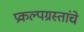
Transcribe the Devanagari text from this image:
प्रकल्पग्रस्तांचे